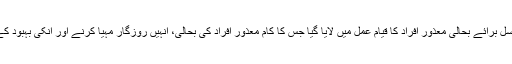
اس قانون کے تحت قومی کونسل برائے بحالی معذور افراد کا قیام عمل میں لایا گیا جس کا کام معذور افراد کی بحالی، انہیں روزگار مہیا کرنے اور انکی بہبود کے لئے پالیسی مرتب کرنا تھا۔